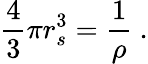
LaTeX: {\frac{4}{3}}\pi r_{s}^{3}={\frac{1}{\rho}}\ .